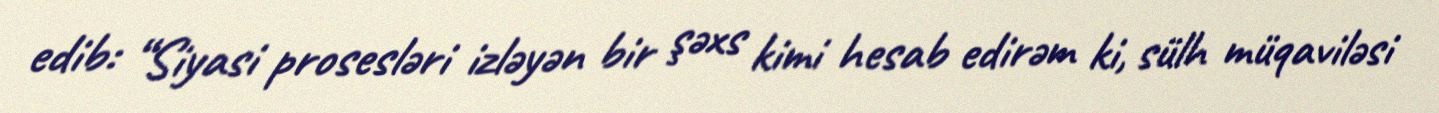
edib: “Siyasi prosesləri izləyən bir şəxs kimi hesab edirəm ki, sülh müqaviləsi